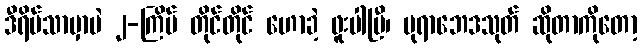
ဒီရိပ်သာမှာပဲ ၂-ကြိမ် တိုင်တိုင် ဟောခဲ့ ဖူးပါပြီ၊ ပုရာဘေဒသုတ် ဆိုတာကိုတော့